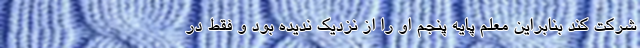
شرکت کند بنابراین معلم پایه پنجم او را از نزدیک ندیده بود و فقط در